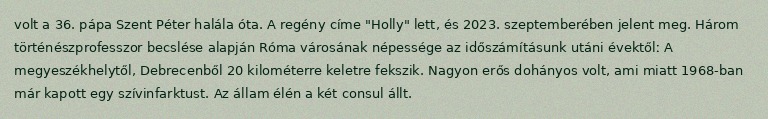
volt a 36. pápa Szent Péter halála óta. A regény címe "Holly" lett, és 2023. szeptemberében jelent meg. Három történészprofesszor becslése alapján Róma városának népessége az időszámításunk utáni évektőlː A megyeszékhelytől, Debrecenből 20 kilométerre keletre fekszik. Nagyon erős dohányos volt, ami miatt 1968-ban már kapott egy szívinfarktust. Az állam élén a két consul állt.